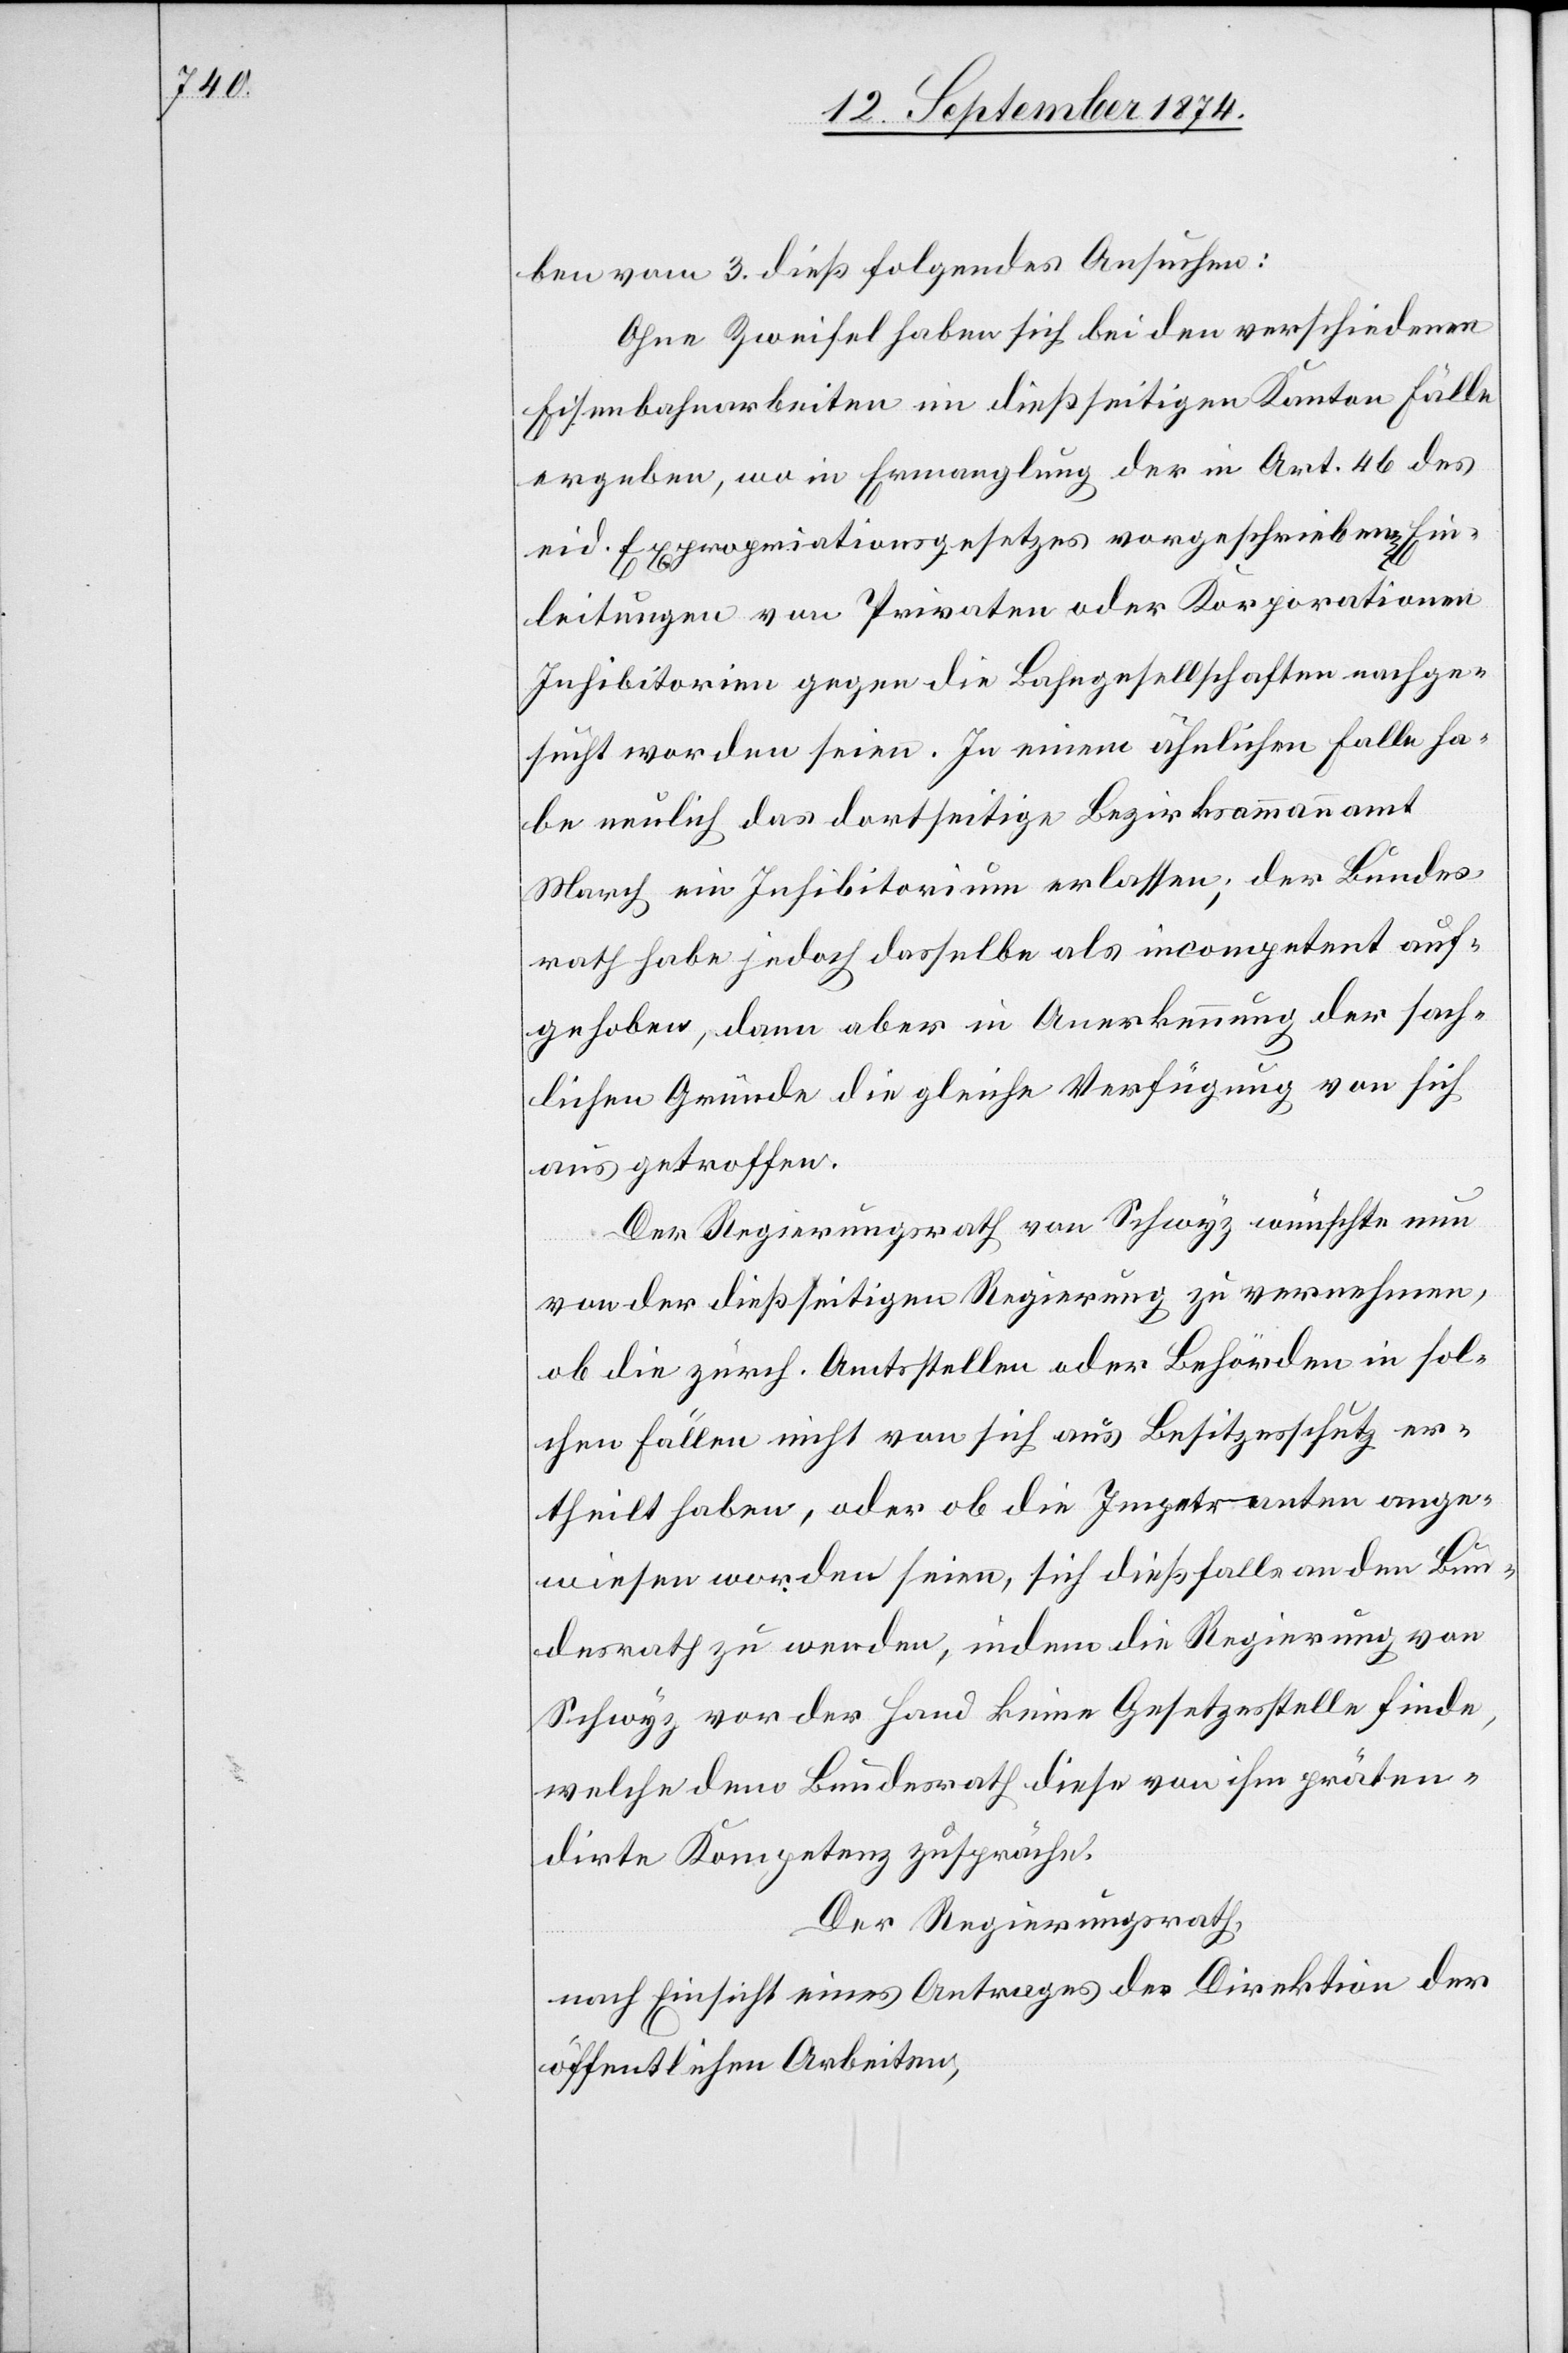
ben vom 3. dieß folgendes Ansuchen:
Ohne Zweifel haben sich bei den verschiedenen
Eisenbahnarbeiten im dießseitigen Kanton Fälle
ergeben, wo in Ermanglung der in Art. 46 des
eid. Expropriationsgesetzes vorgeschrieben[en] Ein¬
leitungen von Privaten oder Korporationen
Inhibitorien gegen die Bahngesellschaften nachge¬
sucht worden seien. In einem ähnlichen Falle ha¬
be neulich das dortseitige Bezirksammannamt
March ein Inhibitorium erlassen; der Bundes¬
rath habe jedoch dasselbe als incompetent auf¬
gehoben, dann aber in Anerkennung der sach¬
lichen Gründe die gleiche Verfügung von sich
aus getroffen.
Der Regierungsrath von Schwyz wünschte nun
von der dießseitigen Regierung zu vernehmen,
ob die zürch. Amtsstellen oder Behörden in sol¬
chen Fällen nicht von sich aus Besitzesschutz er¬
theilt haben, oder ob die Impetranten ange¬
wiesen worden seien, sich dießfalls an den Bun¬
desrath zu wenden, indem die Regierung von
Schwyz vor der Hand keine Gesetzesstelle finde,
welche dem Bundesrath diese von ihm präten¬
dirte Kompetenz zuspräche.
Der Regierungsrath,
nach Einsicht eines Antrages der Direktion der
öffentlichen Arbeiten,